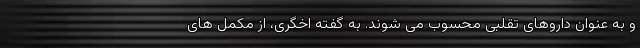
و به عنوان داروهای تقلبی محسوب می شوند. به گفته اخگری، از مکمل های